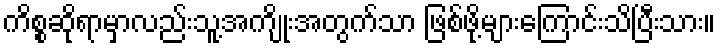
ကိစ္စဆိုရာမှာလည်းသူ့အကျိုးအတွက်သာ ဖြစ်ဖို့များကြောင်းသိပြီးသား။